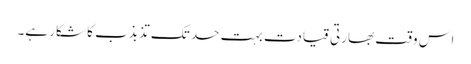
اس وقت بھارتی قیادت بہت حد تک تذبذب کا شکار ہے۔